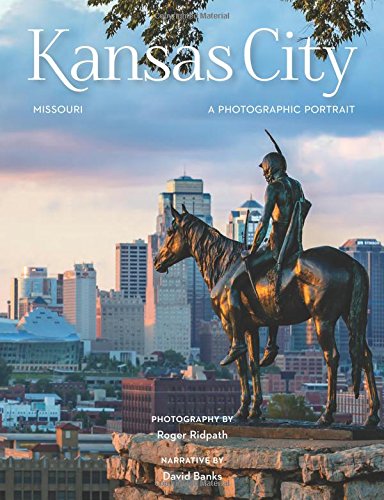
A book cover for Kansas City: A Photographic Portrait; Roger Ridpath; Travel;